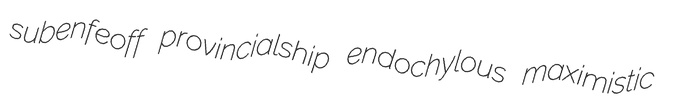
subenfeoff provincialship endochylous maximistic